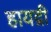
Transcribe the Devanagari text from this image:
हायद्री